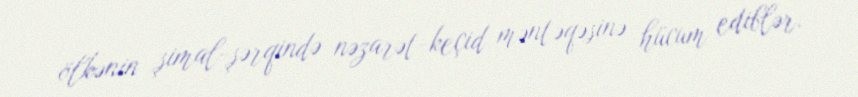
ölkənin şimal-şərqində nəzarət-keçid məntəqəsinə hücum ediblər.